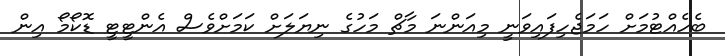
ބެހެއްޓުމަށް ހަމަޖެހިފައިވަނީ މިއަންނަ މާޗް މަހުގެ ނިޔަލަށް ކަމަށްވެސް އެންޓީޓީ ޑޮކޯމޯ އިން